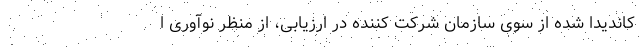
کاندیدا شده از سوی سازمان شرکت کننده در ارزیابی، از منظر نوآوری ا